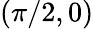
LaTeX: (\pi/2,0)